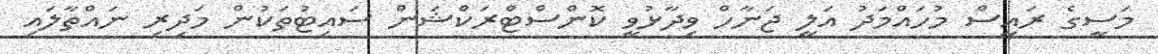
މަސީގެ ރައީސް މުހައްމަދު އަލީ ޖަނާހް ވިދާޅުވީ ކޮންސްޓްރަކްޝަން ސައިޓުތަކުން މަދިރި ނައްތާލައި